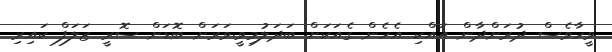
ވީހާވެސް ދުރަށްދާން އައްކި އެހެން ގެއަކަށް ބަދަލުމިވީ.ވަރަށް ބޮޑަށް ސޮރީ ޒަލަފް ކައިރި